Report of the Indian Hemp Drugs Commission, 1894-1895 - Volume II
Year: 1894
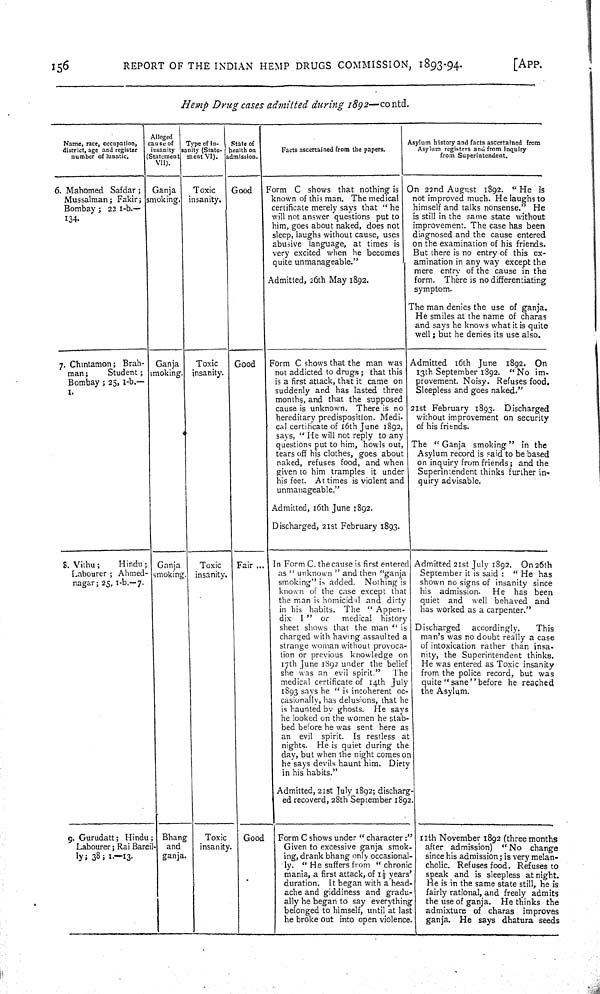
156
REPORT OF THE INDIAN HEMP DRUGS COMMISSION, 1893-94.
[APP.
Hemp Drug cases admitted during 1892—contd.
Name, race, occupation,
district, age and register
number of lunatic.
Alleged
cause of
insanity
(Statement
VII).
Type of in-
sanity (State-
ment stent VI).
State of
health on
admission.
Facts ascertained from the papers.
Asylum history and facts ascertained from
Asylum registers and from inquiry
from Superintendent.
6. Mahomed Safdar;
Mussalman; Fakir;
Bombay; 22 1-b.—
134.
Ganja
smoking
Toxic
insanity.
Good
Form C shows that nothing is
known of this man. The medical
certificate merely says that "he
will not answer questions put to
him, goes about naked, does not
sleep, laughs without cause, uses
abusive language, at times is
very excited when he becomes
quite unmanageable."
Admitted, 26th May 1893.
On 22nd August 1892. "He is
not improved much. He laughs to
himself and talks nonsense." He
is still in the same state without
improvement. The case has been
diagnosed and the cause entered
on the examination of his friends.
But there is no entry of this ex-
amination in any way except the
mere entry of the cause in the
form. There is no differentiating
symptom.
The man denies the use of ganja.
He smiles at the name of charas
and says he knows what it is quite
well; but he denies its use also.
7. Chintamon; Brah-
man;
Student;
Bombay; 25, 1-b.—
1.
Ganja
smoking.
Toxic
nsanity.
Good
Form C shows that the man was
not addicted to drugs; that this
is a first attack, that it came on
suddenly and has lasted three
months, and that the supposed
cause is unknown. There is no
hereditary predisposition. Medi-
cal certificate of 16th June 1892,
says, "He will not reply to any
questions put to him, howls out,
tears off his clothes, goes about
naked, refuses food, and when
given to him tramples it under
his feet. At times is violent and
unmanageable."
Admitted, 16th June 1892.
Discharged, 21st February 1893.
Admitted 16th June 1892. On
13th September 1892. "No im-
provement. Noisy. Refuses food,
Sleepless and goes naked."
21st February 1893. Discharged
without improvement on security
of his friends.
The "Ganja smoking" in the
Asylum record is said to be based
on inquiry from friends; and the
Superintendent thinks further in-
quiry advisable.
8. Vithu;
Hindu;
Labourer; Ahmed-
nagar; 25, 1-b.—7.
Ganja
smoking.
Toxic
insanity.
Fair
In Form C, the cause is first entered
as "unknown" and then "ganja
smoking" is added. Nothing is
known of the case except that
the man is homicidal and dirty
in his habits. The "Appen-
dix I" or
medical history
sheet shows that the man "is
charged with having assaulted a
strange woman without provoca-
tion or previous knowledge on
7th June 1892 under the belief
she was an evil spirit." The
medical certificate of 14th July
1893 says he "is incoherent oc-
casionally, has delusions, that he
is haunted by ghosts. He says
he looked on the women he stab-
bed before he was sent here as
an evil spirit. Is restless at
nights. He is quiet during the
day, but when the night comes on
he says devils haunt him. Dirty
in his habits."
Admitted, 21st July 1892; discharg-
ed recoverd, 28th September 1892.
Admitted 21st July 1892. On 26th
September it is said: "He has
shown no signs of insanity since
his admission. He has been
quiet and well behaved and
has worked as a carpenter."
Discharged accordingly.
This
man's was no doubt really a case
of intoxication rather than insa-
nity, the Superintendent thinks.
He was entered as Toxic insanity
from the police record, but was
quite "sane" before he reached
the Asylum.
9. Gurudatt; Hindu;
Labourer; Rai Bareil-
ly; 38; 1.—13.
Bhang
and
ganja.
Toxic
insanity.
Good
Form C shows under "character:"
Given to excessive ganja smok-
ing, drank bhang only occasional-
ly. "He suffers from " chronic
mania, a first attack, of 1½ year'
duration. It began with a head-
ache and giddiness and gradu-
ally he began to say everything
belonged to himself, until at last
he broke out into open
violence.
11th November 1892 (three months
after admission) "No change
since his admission; is very melan-
cholic. Refuses food. Refuses to
speak and is sleepless at night.
He is in the same state still, he is
fairly rational, and freely admits
the use of ganja. He thinks the
admixture of charas improves
ganja. He says dhatura seeds